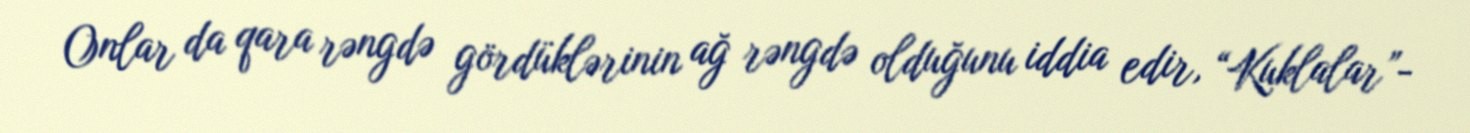
Onlar da qara rəngdə gördüklərinin ağ rəngdə olduğunu iddia edir, “Kuklalar”-